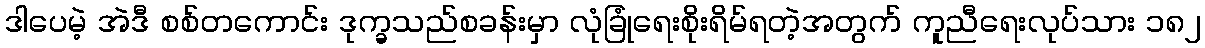
ဒါပေမဲ့ အဲဒီ စစ်တကောင်း ဒုက္ခသည်စခန်းမှာ လုံခြုံရေးစိုးရိမ်ရတဲ့အတွက် ကူညီရေးလုပ်သား ၁၈၂